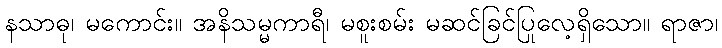
နသာဓု၊ မကောင်း။ အနိသမ္မကာရီ၊ မစူးစမ်း မဆင်ခြင်ပြုလေ့ရှိသော။ ရာဇာ၊